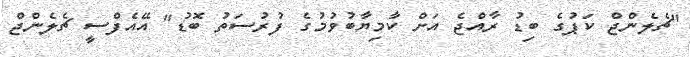
"ޗެލެންޖް ކަޕުގެ ބިޑު ރާއްޖެ އަށް ކާމިޔާބުވުމުގެ ފުރުސަތު ބޮޑު" އޭއެފްސީ ޗެލެންޖް